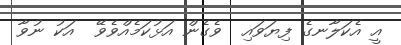
އީ އެކަލާނގެ ފިޔަވައި  ވެގެން އަޅުކަމެއްވެވޭ  އަކު ނުވާ